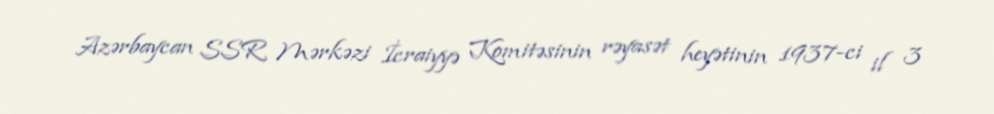
Azərbaycan SSR Mərkəzi İcraiyyə Komitəsinin rəyasət heyətinin 1937-ci il 3